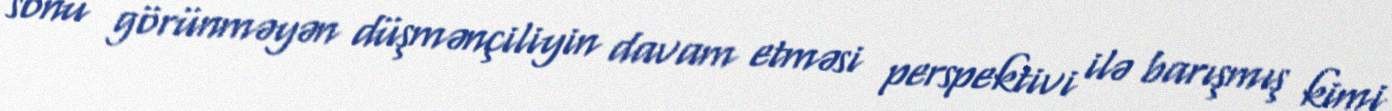
sonu görünməyən düşmənçiliyin davam etməsi perspektivi ilə barışmış kimi